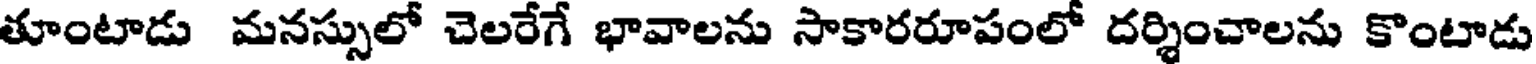
తూంటాడు మనస్సులో చెలరేగే భావాలను సాకారరూపంలో దర్శించాలను కొంటాడు